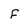
Character: f